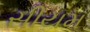
સીયમ